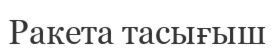
Ракета тасығыш